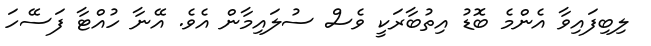
ލިބިފައިވާ އެންމެ ބޮޑު އިތުބާރަކީ ވެސް ސުލައިމާން އެވެ. އޭނާ ހުއްޓާ ފަސޭހަ